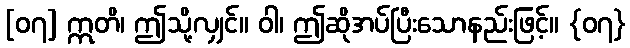
[၀၇] ဣတိ၊ ဤသို့လျှင်။ ဝါ၊ ဤဆိုအပ်ပြီးသောနည်းဖြင့်။ {၀၇}